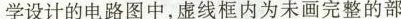
学设计的电路图中，虚线框内为未画完整的部